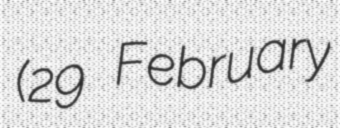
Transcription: (29 February